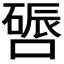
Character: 𫫪